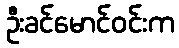
ဦးခင်မောင်ဝင်းက